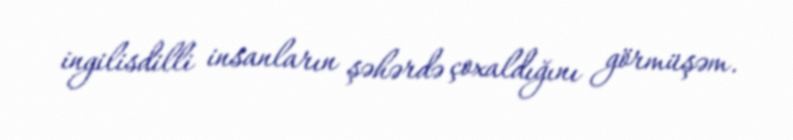
ingilisdilli insanların şəhərdə çoxaldığını görmüşəm.